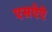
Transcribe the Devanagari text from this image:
एसऐऐ